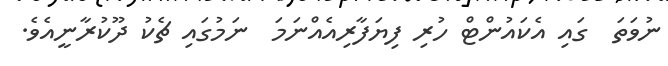
ނުވަތަ  ގައި އެކައުންޓް ހުރި ފިޔަފާރިއެއްނަމަ  ނަމުގައި ޗެކު ދޫކުރާނީއެވެ.